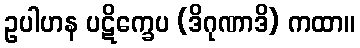
ဥပါဟန ပဋိက္ခေပ (ဒိဂုဏာဒိ) ကထာ။